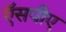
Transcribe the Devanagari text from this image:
ऍसपीए